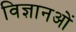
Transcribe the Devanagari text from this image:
विज्ञानओं